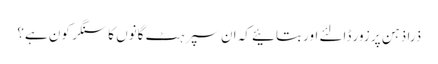
ذرا ذہن پر زور ڈالئے اور بتائیے کہ ان سپرہٹ گانوں کا سنگر کون ہے؟